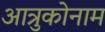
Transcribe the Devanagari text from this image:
आत्रुकोनाम